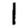
Digit: 1